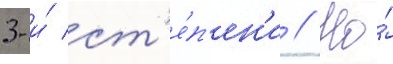
3-и́ ст'е́п'ен'и // Но́